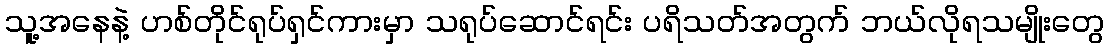
သူ့အနေနဲ့ ဟစ်တိုင်ရုပ်ရှင်ကားမှာ သရုပ်ဆောင်ရင်း ပရိသတ်အတွက် ဘယ်လိုရသမျိုးတွေ